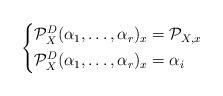
LaTeX: \begin{align*}\left \{ \begin{aligned} \mathcal P_X^D(\alpha_1, \dots, \alpha_r)_x &= \mathcal P_{X, x} & \\ \mathcal P_X^D(\alpha_1, \dots, \alpha_r)_x &= \alpha_i & \end{aligned} \right.\end{align*}